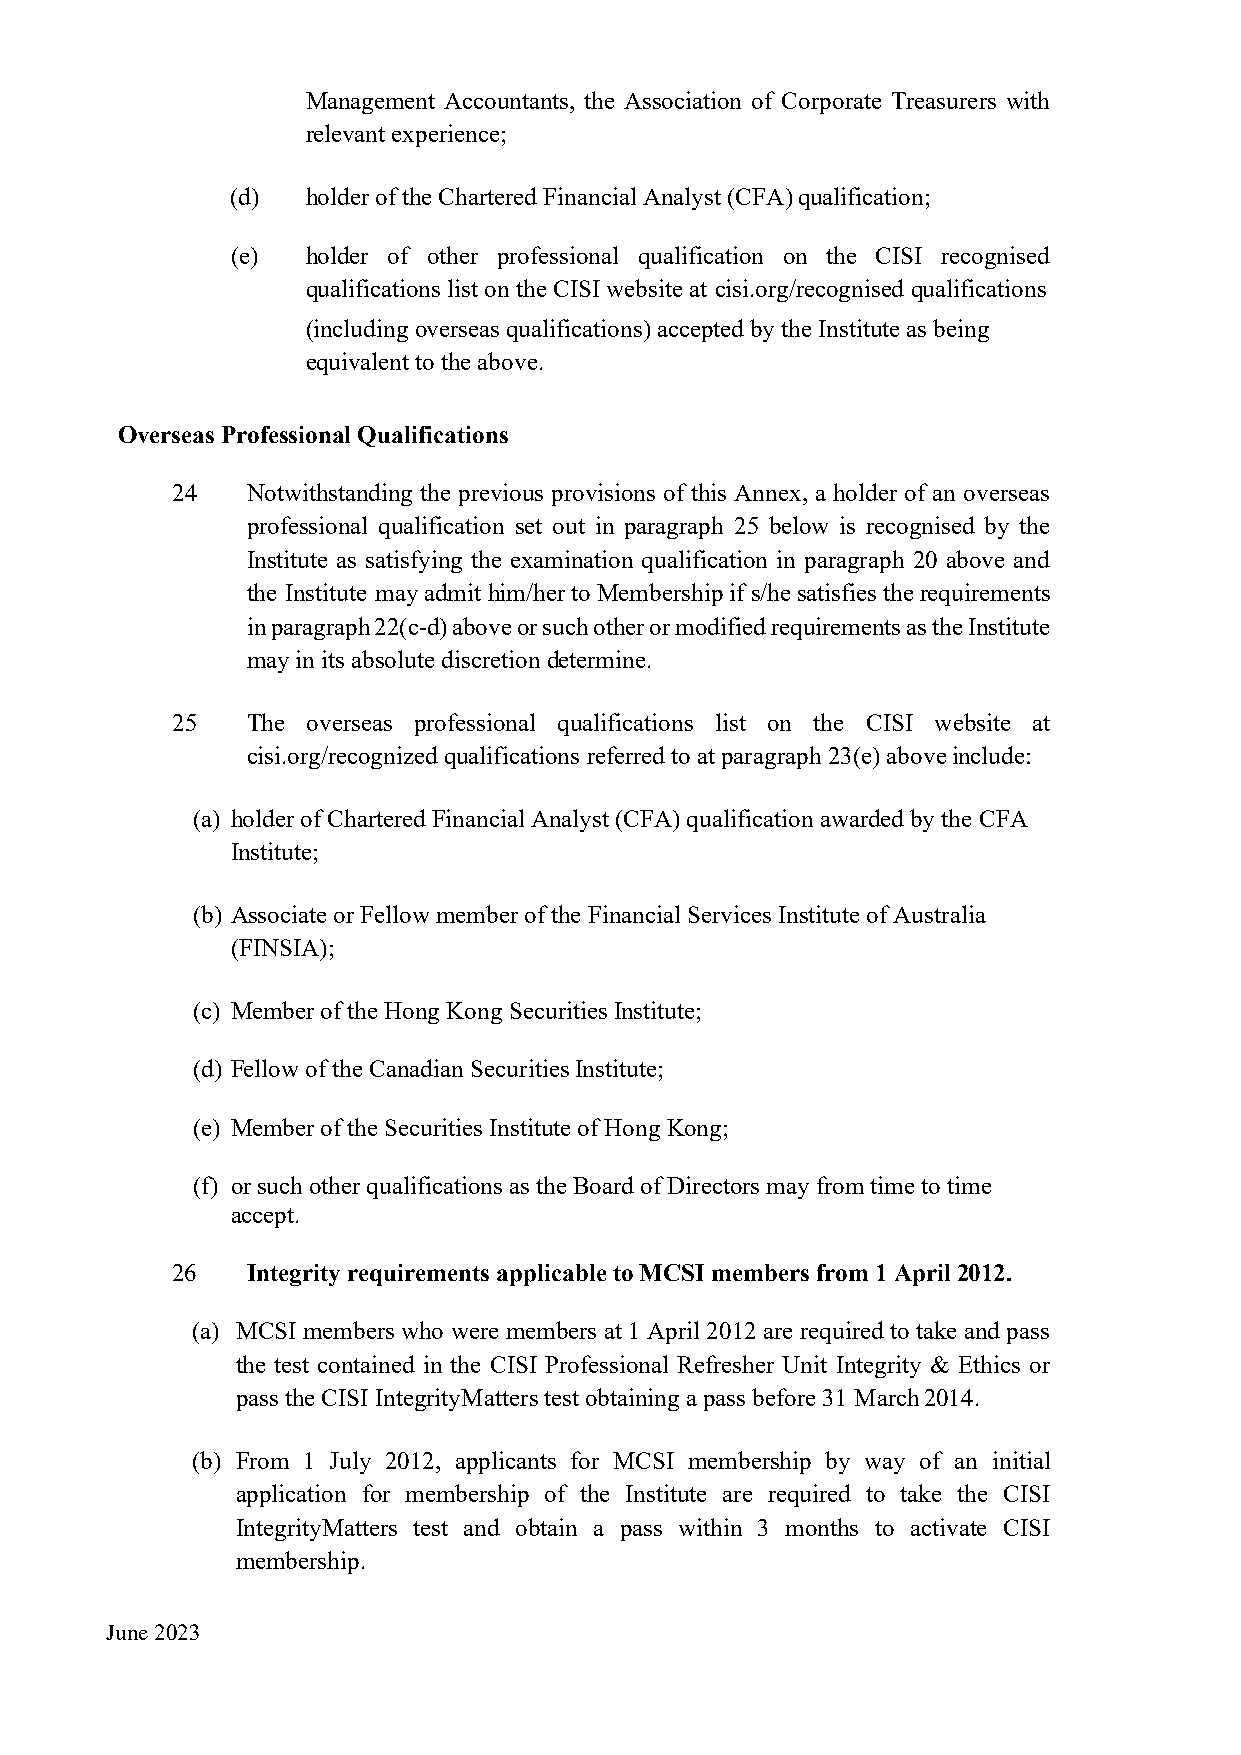
Management Accountants, the Association of Corporate Treasurers with
 relevant experience;
 (d)  holder of the Chartered Financial Analyst (CFA) qualification;
 (e)  holder of other professional qualification on the CISI recognised
 qualifications list on the CISI website at cisi.org/recognised qualifications
 (including overseas qualifications) accepted by the Institute as being
 equivalent to the above.
 Overseas Professional Qualifications
 24   Notwithstanding the previous provisions of this Annex, a holder of an overseas
 professional qualification set out in paragraph 25 below is recognised by the
 Institute as satisfying the examination qualification in paragraph 20 above and
 the Institute may admit him/her to Membership if s/he satisfies the requirements
 in paragraph 22(c-d) above or such other or modified requirements as the Institute
 may in its absolute discretion determine.
 25   The overseas professional qualifications list on the CISI website at
 cisi.org/recognized qualifications referred to at paragraph 23(e) above include:
 (a) holder of Chartered Financial Analyst (CFA) qualification awarded by the CFA
 Institute;
 (b) Associate or Fellow member of the Financial Services Institute of Australia
 (FINSIA);
 (c) Member of the Hong Kong Securities Institute;
 (d) Fellow of the Canadian Securities Institute;
 (e) Member of the Securities Institute of Hong Kong;
 (f) or such other qualifications as the Board of Directors may from time to time
 accept.
 26   Integrity requirements applicable to MCSI members from 1 April 2012.
 (a) MCSI members who were members at 1 April 2012 are required to take and pass
 the test contained in the CISI Professional Refresher Unit Integrity & Ethics or
 pass the CISI IntegrityMatters test obtaining a pass before 31 March 2014.
 (b) From 1 July 2012, applicants for MCSI membership by way of an initial
 application for membership of the Institute are required to take the CISI
 IntegrityMatters test and obtain a pass within 3 months to activate CISI
 membership.
 June 2023